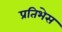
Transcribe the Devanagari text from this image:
प्रतिभेस